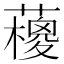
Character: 𱾵